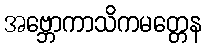
အဗ္ဘောကာသိကမတ္တေန